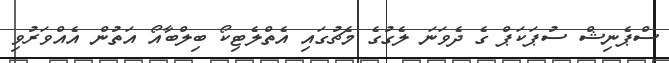
ސްޕެނިޝް ސުޕަކަޕް ގެ ދެވަނަ ލެގުގެ މެޗުގައި އެތްލެޓިކޯ ބިލްބާއޯ އަތުން އެއްވަރުވި